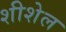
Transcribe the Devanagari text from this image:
शीशेल